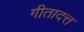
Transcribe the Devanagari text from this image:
गीतादत्त